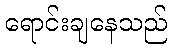
ရောင်းချနေသည်